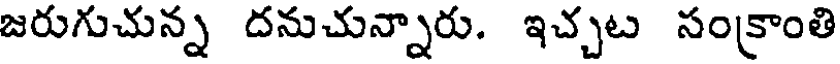
జరుగుచున్న దనుచున్నారు. ఇచ్చట సంక్రాంతి